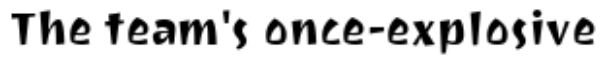
The team's once-explosive